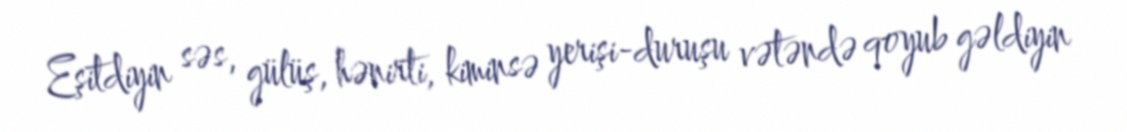
Eşitdiyin səs, gülüş, hənirti, kiminsə yerişi-duruşu vətəndə qoyub gəldiyin